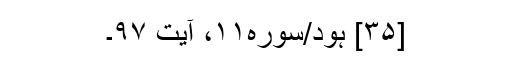
[۳۵] ہود/سوره۱۱، آیت ۹۷۔